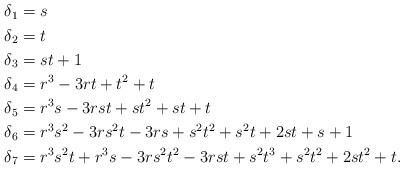
LaTeX: \begin{align*}\begin{aligned} \delta_1 &= s\\ \delta_2 &= t\\ \delta_3 &= st + 1\\ \delta_4 &= r^3 - 3rt + t^2 + t\\ \delta_5 &= r^3s - 3rst + st^2 + st + t\\ \delta_6 &= r^3s^2 - 3rs^2t - 3rs + s^2t^2 + s^2t + 2st + s + 1\\ \delta_7 &= r^3s^2t + r^3s - 3rs^2t^2 - 3rst + s^2t^3 + s^2t^2 + 2st^2 + t. \end{aligned}\end{align*}